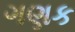
ગણક